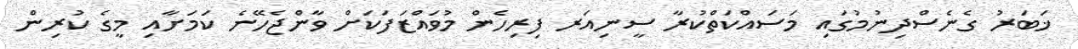
ޚަބަރު ގެނެސްދިނުމުގައި މަސައްކަތްކުރާ ސީނިއަރ ފިރިހެން މުވައްޒަފަކަށް ވާންޖެހޭނެ ކަމަށާއި މީގެ ކުރިން